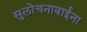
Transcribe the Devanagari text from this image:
सुलोचनाबाईंना